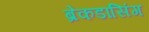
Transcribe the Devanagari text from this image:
ब्रेकडांसिंग